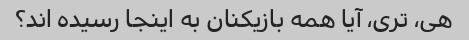
هی، تری، آیا همه بازیکنان به اینجا رسیده اند؟